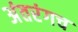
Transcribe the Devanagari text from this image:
अंतरंगच